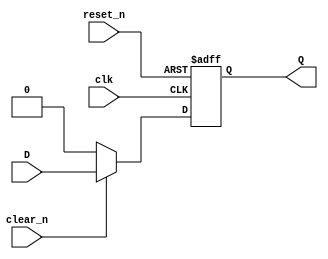
`timescale 1ns / 1ps
//////////////////////////////////////////////////////////////////////////////////
// Company: 
// Engineer: 
// 
// Design Name: 
// Module Name: D_FF_reset
// Project Name: 
// Target Devices: 
// Tool Versions: 
// Description: 
// 
// Dependencies: 
// 
// Revision:
// Revision 0.01 - File Created
// Additional Comments:
// 
//////////////////////////////////////////////////////////////////////////////////


module D_FF_reset(
    input clk,
    input D,
    input reset_n, // asynchronous
    input clear_n, // synchronous
    output Q
    );
    
    reg Q_reg, Q_next;
    
    // Asynchronous reset
    always @(negedge clk, negedge reset_n) 
    begin
        if (!reset_n)
            Q_reg <= 1'b0;
        else
            Q_reg <= Q_next;
    end
    
    // Next state logic
//    always @(D)
//    begin
//        Q_next = D;
//    end
    //-----------------------------------------------
    
    // Adding Synchronous clear
    
    // Next state logic
    always @(D, clear_n, Q_reg)
    begin
        Q_next = Q_reg;
        if(!clear_n)
            Q_next = 1'b0;
        else
            Q_next = D;
    end
    
    
    //-----------------------------------------------

    // Output logic
    assign Q = Q_reg;
endmodule